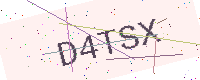
Text: D4TSX